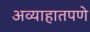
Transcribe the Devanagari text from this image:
अव्याहातपणे